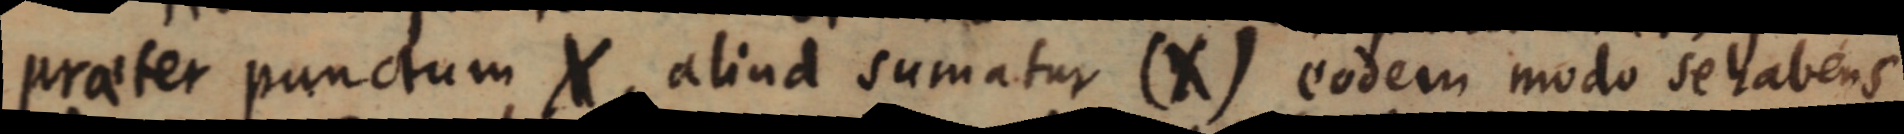
praeter punctum X, aliud sumatur (X) eodem modo se habens